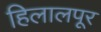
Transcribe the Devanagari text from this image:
हिलालपूर